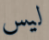
ليس